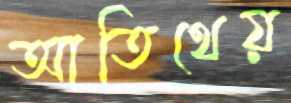
আতিথেয়